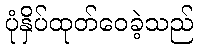
ပုံနှိပ်ထုတ်ဝေခဲ့သည်